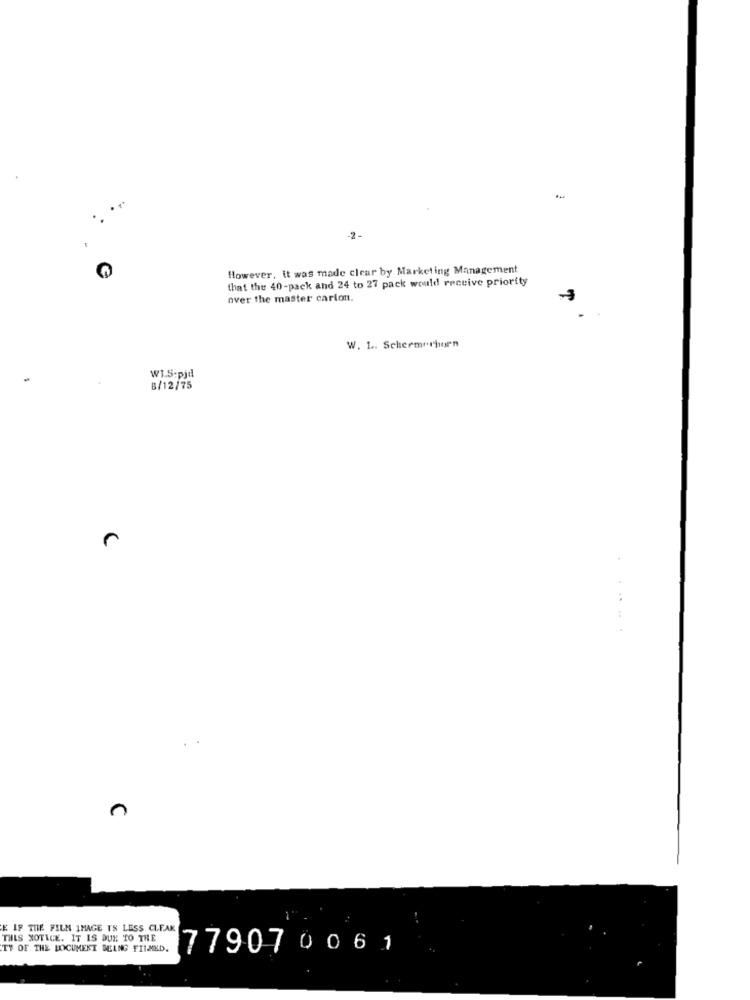
-2-
However, it was made clear by Marketing Management
C
that the 40-pack and 24 to 27 pack would receive priority
over the master carlon.
W. 1 .. Schermerhorn
W1.5:pjd
B/12/75
E IF THE FILM IMAGE IS LESS CLEAK
THIS NOTICE. IT IS DUE TO THE
TY OF THE DOCUMENT BELNG FILMED.
779070061